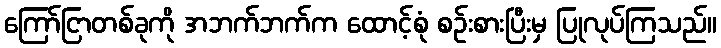
ကြော်ငြာတစ်ခုကို အဘက်ဘက်က ထောင့်စုံ စဉ်းစားပြီးမှ ပြုလုပ်ကြသည်။